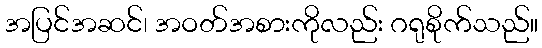
အပြင်အဆင်၊ အဝတ်အစားကိုလည်း ဂရုစိုက်သည်။